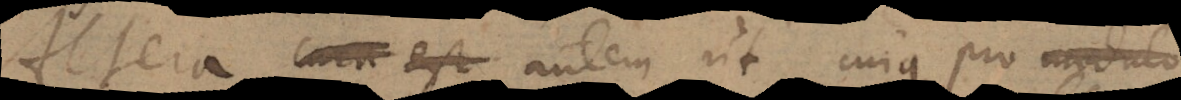
Altera cura est, ut cuique pro modulo